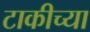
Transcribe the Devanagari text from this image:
टाकीच्या